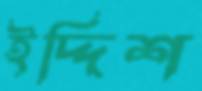
ইদ্দিশ